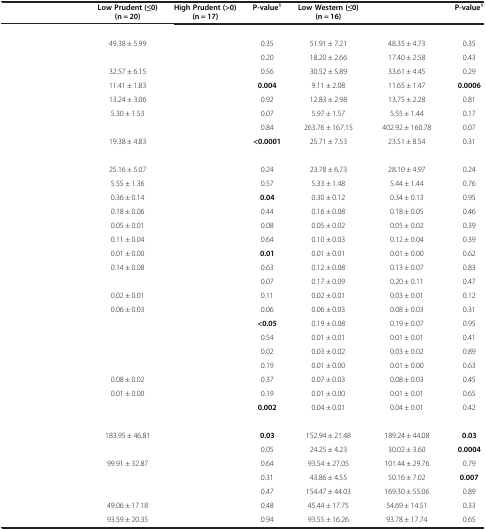
<table><thead><tr><td>[EMPTY_CELL]</td><td><b>Low Prudent (≤0) (n = 20)</b></td><td><b>High Prudent (&gt;0) (n = 17)</b></td><td><b>P-value<sup>1</sup></b></td><td><b>Low Western (≤0) (n = 16)</b></td><td>[EMPTY_CELL]</td><td><b>P-value<sup>1</sup></b></td></tr></thead><tbody><tr><td colspan="7">[EMPTY_CELL]</td></tr><tr><td>[EMPTY_CELL]</td><td>49.38 ± 5.99</td><td>[EMPTY_CELL]</td><td>0.35</td><td>51.91 ± 7.21</td><td>48.35 ± 4.73</td><td>0.35</td></tr><tr><td>[EMPTY_CELL]</td><td>[EMPTY_CELL]</td><td>[EMPTY_CELL]</td><td>0.20</td><td>18.20 ± 2.66</td><td>17.40 ± 2.58</td><td>0.43</td></tr><tr><td>[EMPTY_CELL]</td><td>32.57 ± 6.15</td><td>[EMPTY_CELL]</td><td>0.56</td><td>30.52 ± 5.89</td><td>33.61 ± 4.45</td><td>0.29</td></tr><tr><td>[EMPTY_CELL]</td><td>11.41 ± 1.83</td><td>[EMPTY_CELL]</td><td><b>0.004</b></td><td>9.11 ± 2.08</td><td>11.65 ± 1.47</td><td><b>0.0006</b></td></tr><tr><td>[EMPTY_CELL]</td><td>13.24 ± 3.06</td><td>[EMPTY_CELL]</td><td>0.92</td><td>12.83 ± 2.98</td><td>13.75 ± 2.28</td><td>0.81</td></tr><tr><td>[EMPTY_CELL]</td><td>5.30 ± 1.53</td><td>[EMPTY_CELL]</td><td>0.07</td><td>5.97 ± 1.57</td><td>5.55 ± 1.44</td><td>0.17</td></tr><tr><td>[EMPTY_CELL]</td><td>[EMPTY_CELL]</td><td>[EMPTY_CELL]</td><td>0.84</td><td>263.76 ± 167.15</td><td>402.92 ± 160.78</td><td>0.07</td></tr><tr><td>[EMPTY_CELL]</td><td>19.38 ± 4.83</td><td>[EMPTY_CELL]</td><td><b>&lt;0.0001</b></td><td>25.71 ± 7.53</td><td>23.51 ± 8.54</td><td>0.31</td></tr><tr><td colspan="4">[EMPTY_CELL]</td><td>[EMPTY_CELL]</td><td>[EMPTY_CELL]</td><td>[EMPTY_CELL]</td></tr><tr><td>[EMPTY_CELL]</td><td>25.16 ± 5.07</td><td>[EMPTY_CELL]</td><td>0.24</td><td>23.78 ± 6.73</td><td>28.10 ± 4.97</td><td>0.24</td></tr><tr><td>[EMPTY_CELL]</td><td>5.55 ± 1.36</td><td>[EMPTY_CELL]</td><td>0.57</td><td>5.33 ± 1.48</td><td>5.44 ± 1.44</td><td>0.76</td></tr><tr><td>[EMPTY_CELL]</td><td>0.36 ± 0.14</td><td>[EMPTY_CELL]</td><td><b>0.04</b></td><td>0.30 ± 0.12</td><td>0.34 ± 0.13</td><td>0.95</td></tr><tr><td>[EMPTY_CELL]</td><td>0.18 ± 0.06</td><td>[EMPTY_CELL]</td><td>0.44</td><td>0.16 ± 0.08</td><td>0.18 ± 0.05</td><td>0.46</td></tr><tr><td>[EMPTY_CELL]</td><td>0.05 ± 0.01</td><td>[EMPTY_CELL]</td><td>0.08</td><td>0.05 ± 0.02</td><td>0.05 ± 0.02</td><td>0.39</td></tr><tr><td>[EMPTY_CELL]</td><td>0.11 ± 0.04</td><td>[EMPTY_CELL]</td><td>0.64</td><td>0.10 ± 0.03</td><td>0.12 ± 0.04</td><td>0.39</td></tr><tr><td>[EMPTY_CELL]</td><td>0.01 ± 0.00</td><td>[EMPTY_CELL]</td><td><b>0.01</b></td><td>0.01 ± 0.01</td><td>0.01 ± 0.00</td><td>0.62</td></tr><tr><td>[EMPTY_CELL]</td><td>0.14 ± 0.08</td><td>[EMPTY_CELL]</td><td>0.63</td><td>0.12 ± 0.08</td><td>0.13 ± 0.07</td><td>0.83</td></tr><tr><td>[EMPTY_CELL]</td><td>[EMPTY_CELL]</td><td>[EMPTY_CELL]</td><td>0.07</td><td>0.17 ± 0.09</td><td>0.20 ± 0.11</td><td>0.47</td></tr><tr><td>[EMPTY_CELL]</td><td>0.02 ± 0.01</td><td>[EMPTY_CELL]</td><td>0.11</td><td>0.02 ± 0.01</td><td>0.03 ± 0.01</td><td>0.12</td></tr><tr><td>[EMPTY_CELL]</td><td>0.06 ± 0.03</td><td>[EMPTY_CELL]</td><td>0.06</td><td>0.06 ± 0.03</td><td>0.08 ± 0.03</td><td>0.31</td></tr><tr><td>[EMPTY_CELL]</td><td>[EMPTY_CELL]</td><td>[EMPTY_CELL]</td><td><b>&lt;0.05</b></td><td>0.19 ± 0.08</td><td>0.19 ± 0.07</td><td>0.95</td></tr><tr><td>[EMPTY_CELL]</td><td>[EMPTY_CELL]</td><td>[EMPTY_CELL]</td><td>0.54</td><td>0.01 ± 0.01</td><td>0.01 ± 0.01</td><td>0.41</td></tr><tr><td>[EMPTY_CELL]</td><td>[EMPTY_CELL]</td><td>[EMPTY_CELL]</td><td>0.02</td><td>0.03 ± 0.02</td><td>0.03 ± 0.02</td><td>0.89</td></tr><tr><td>[EMPTY_CELL]</td><td>[EMPTY_CELL]</td><td>[EMPTY_CELL]</td><td>0.19</td><td>0.01 ± 0.00</td><td>0.01 ± 0.00</td><td>0.63</td></tr><tr><td>[EMPTY_CELL]</td><td>0.08 ± 0.02</td><td>[EMPTY_CELL]</td><td>0.37</td><td>0.07 ± 0.03</td><td>0.08 ± 0.03</td><td>0.45</td></tr><tr><td>[EMPTY_CELL]</td><td>0.01 ± 0.00</td><td>[EMPTY_CELL]</td><td>0.19</td><td>0.01 ± 0.00</td><td>0.01 ± 0.01</td><td>0.65</td></tr><tr><td>[EMPTY_CELL]</td><td>[EMPTY_CELL]</td><td>[EMPTY_CELL]</td><td><b>0.002</b></td><td>0.04 ± 0.01</td><td>0.04 ± 0.01</td><td>0.42</td></tr><tr><td colspan="4">[EMPTY_CELL]</td><td>[EMPTY_CELL]</td><td>[EMPTY_CELL]</td><td>[EMPTY_CELL]</td></tr><tr><td>[EMPTY_CELL]</td><td>183.95 ± 46.81</td><td>[EMPTY_CELL]</td><td><b>0.03</b></td><td>152.94 ± 21.48</td><td>189.24 ± 44.08</td><td><b>0.03</b></td></tr><tr><td>[EMPTY_CELL]</td><td>[EMPTY_CELL]</td><td>[EMPTY_CELL]</td><td>0.05</td><td>24.25 ± 4.23</td><td>30.02 ± 3.60</td><td><b>0.0004</b></td></tr><tr><td>[EMPTY_CELL]</td><td>99.91 ± 32.87</td><td>[EMPTY_CELL]</td><td>0.64</td><td>93.54 ± 27.05</td><td>101.44 ± 29.76</td><td>0.79</td></tr><tr><td>[EMPTY_CELL]</td><td>[EMPTY_CELL]</td><td>[EMPTY_CELL]</td><td>0.31</td><td>43.86 ± 4.55</td><td>50.16 ± 7.02</td><td><b>0.007</b></td></tr><tr><td>[EMPTY_CELL]</td><td>[EMPTY_CELL]</td><td>[EMPTY_CELL]</td><td>0.47</td><td>154.47 ± 44.03</td><td>169.30 ± 55.06</td><td>0.89</td></tr><tr><td>[EMPTY_CELL]</td><td>49.06 ± 17.18</td><td>[EMPTY_CELL]</td><td>0.48</td><td>45.44 ± 17.75</td><td>54.69 ± 14.51</td><td>0.33</td></tr><tr><td>[EMPTY_CELL]</td><td>93.59 ± 20.35</td><td>[EMPTY_CELL]</td><td>0.94</td><td>93.55 ± 16.26</td><td>93.78 ± 17.74</td><td>0.65</td></tr></tbody></table>